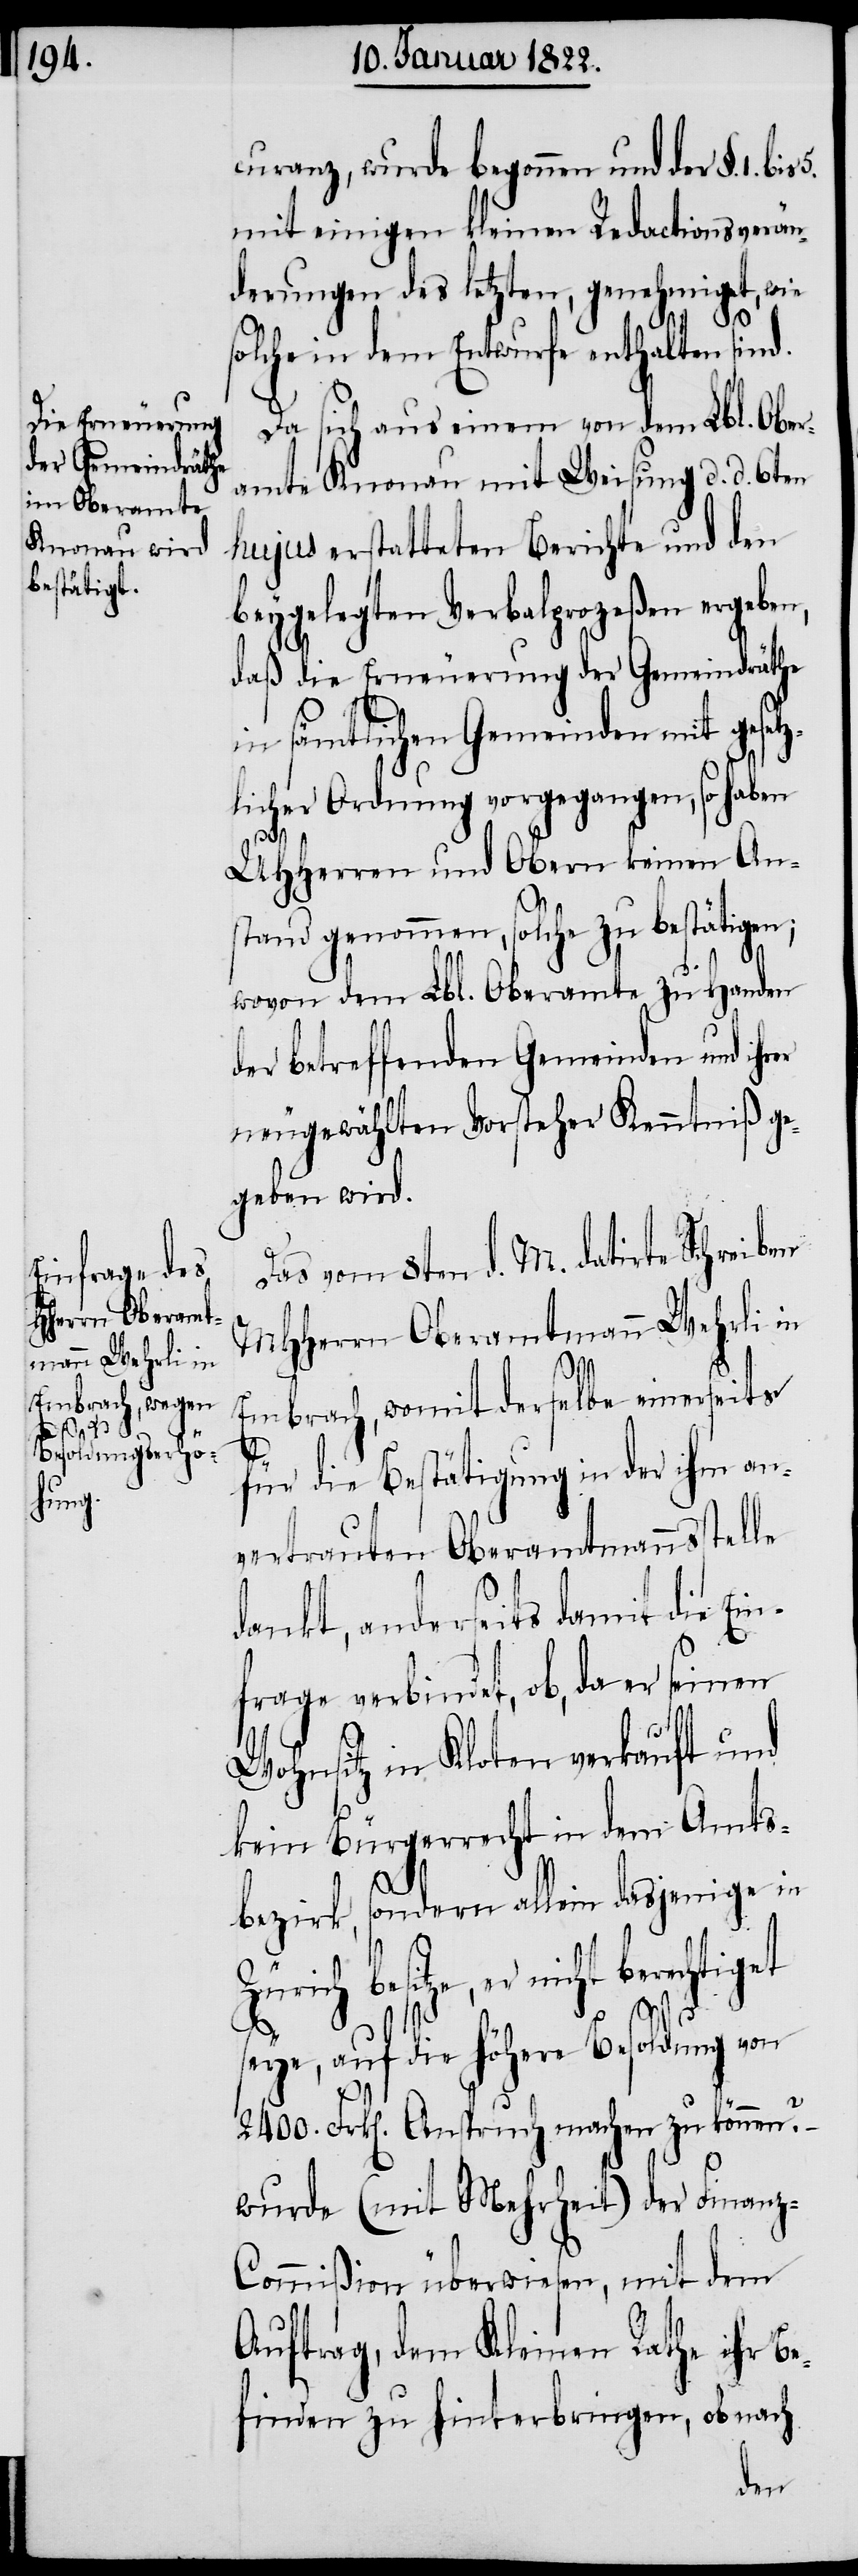
curanz, wurde begonnen und der §. 1.
mit einigen kleinen Redactionsverän¬
derungen des letzten, genehmiget, wie
olche in dem Entwurfe enthalten sind.
Da sich aus einem von dem Lbl. Ober¬
amte Knonau mit Weisung d. d. 6ten
hujus erstatteten Berichte und den
beygelegten Verbalproceßen ergeben,
daß die Erneuerung der Gemeindräthe
in sämtlichen Gemeinden mit geset¬
licher Ordnung vorgegangen, so haben
UHHerren und Obern keinen An¬
stand genommen, solche zu bestätigen;
5.
wovon dem Lbl. Oberamte zu Handen
der betreffenden Gemeinden und ih¬
neugewählten Vorsteher Kenntniß ge¬
geben wird.
Das vom 8ten d. M. datirte Schreiben
MHHerrn Oberamtmann Wehrli in
Embrach, womit derselbe einerseits
z¬
für die Bestätigung in der ihm an¬
vertrauten Oberamtmannsstelle
dankt, anderseits damit die Ein¬
frage verbindet, ob, da er seinen
Wohnsitz in Kloten verkauft und
kein Bürgerrecht in dem Amts¬
rer
bezirk, sondern allein dasjenige in
Zürich besitze, er nicht berechtiget
seye, auf die Höhere Besoldung von
2400 Frk[en]. Anspruch machen zu können? –
wurde (mit Mehrheit) der Finan¬
z-Commißion überwiesen, mit dem
Auftrag, dem Kleinen Rathe ihr Be¬
finden zu hinterbringen, ob nach